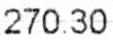
270.30